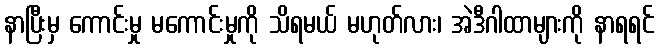
နာပြီးမှ ကောင်းမှု မကောင်းမှုကို သိရမယ် မဟုတ်လား၊ အဲဒီဂါထာများကို နာရရင်